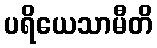
ပရိယေသာမီတိ